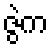
ဇွဲက